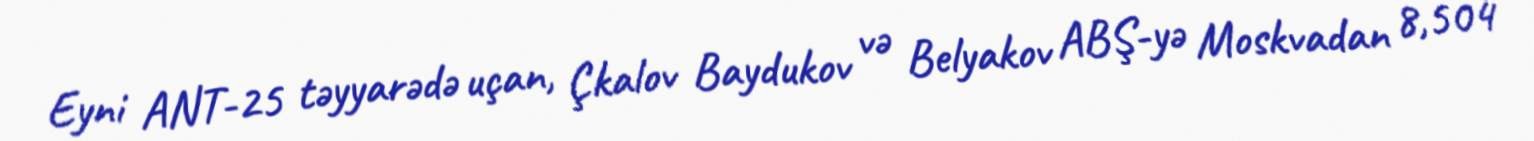
Eyni ANT-25 təyyarədə uçan, Çkalov Baydukov və Belyakov ABŞ-yə Moskvadan 8,504